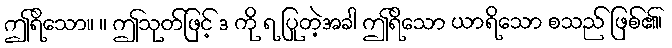
ဤရိသော။ ။ ဤသုတ်ဖြင့် ဒ ကို ရ ပြုတဲ့အခါ ဤရိသော ယာရိသော စသည် ဖြစ်၏၊